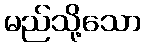
မည်သို့သော